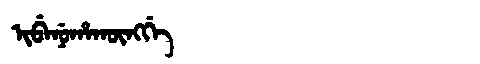
Manchu: ᡳᠪᡝᠨᡠᡥᠠᡴᡡᠩᡤᡝ
Romanization: IBENUHAKŪNGGE